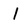
Character: I